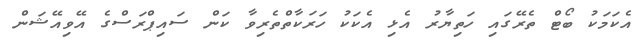
އެކަމަކު ބޯޓް ތެރޭގައި ހަތިޔާރު އެޅި އެކަކު ހަރަކާތްތެރިވާ ކަން ސައިޕްރަސްގެ އޭވިއޭޝަން